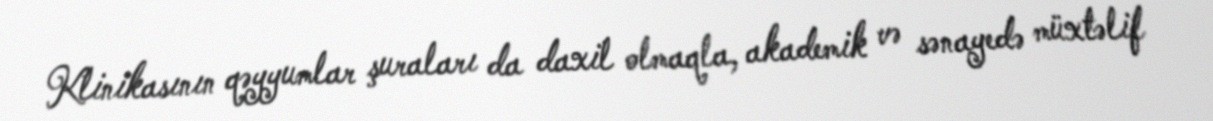
Klinikasının qəyyumlar şuraları da daxil olmaqla, akademik və sənayedə müxtəlif